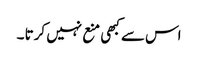
اس سے کبھی منع نہیں کرتا ۔